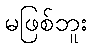
မဖြစ်ဘူး